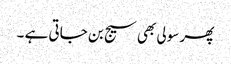
پھر سولی بھی سیج بن جاتی ہے ۔